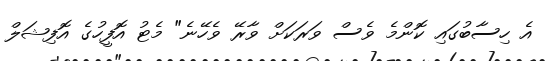
އެ ހިސާބުގައި ކޮންމެ ވެސް ވަރަކަށް ވާރޭ ވެހޭނެ" މެޓު އޮފީހުގެ އޮފިޝަލް